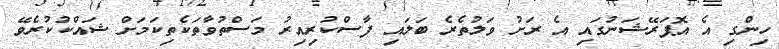
ހިންގި އެ އޮޕަރޭޝަނުގައި އެ ރަށު ވަލުތެރެ ބަލައި ފާސްކުރިއިރު މަސްތުވާތަކެތިކަމަށް ޝައްކުކުރެވޭ